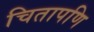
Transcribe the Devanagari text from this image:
चितापणि